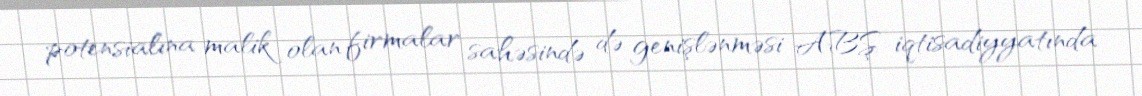
potensialına malik olan firmalar sahəsində də genişlənməsi ABŞ iqtisadiyyatında